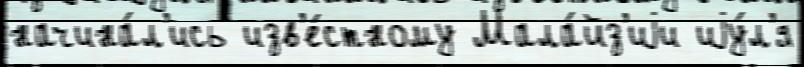
начина́л'ись изв'е́стному Мала́йз'иjи иjу́л'я